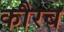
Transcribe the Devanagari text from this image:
कौरब